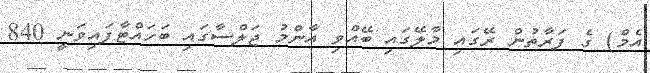
އެމް) ގެ ފަރާތުން ރޭގައި މާލޭގައި ބޭއްވި އާންމު ޖަލްސާގައި ބަހައްޓާފައިވަނީ 840